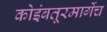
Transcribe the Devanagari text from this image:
कोइंबतूरमार्गेच